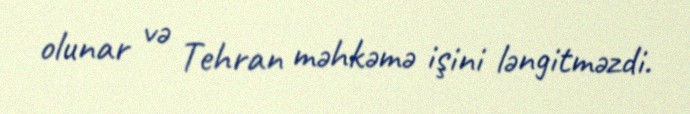
olunar və Tehran məhkəmə işini ləngitməzdi.